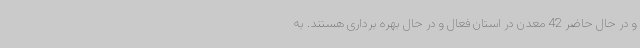
و در حال حاضر 42 معدن در استان فعال و در حال بهره برداری هستند. به